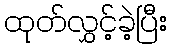
ထုတ်လွှင့်ခဲ့ပြီး